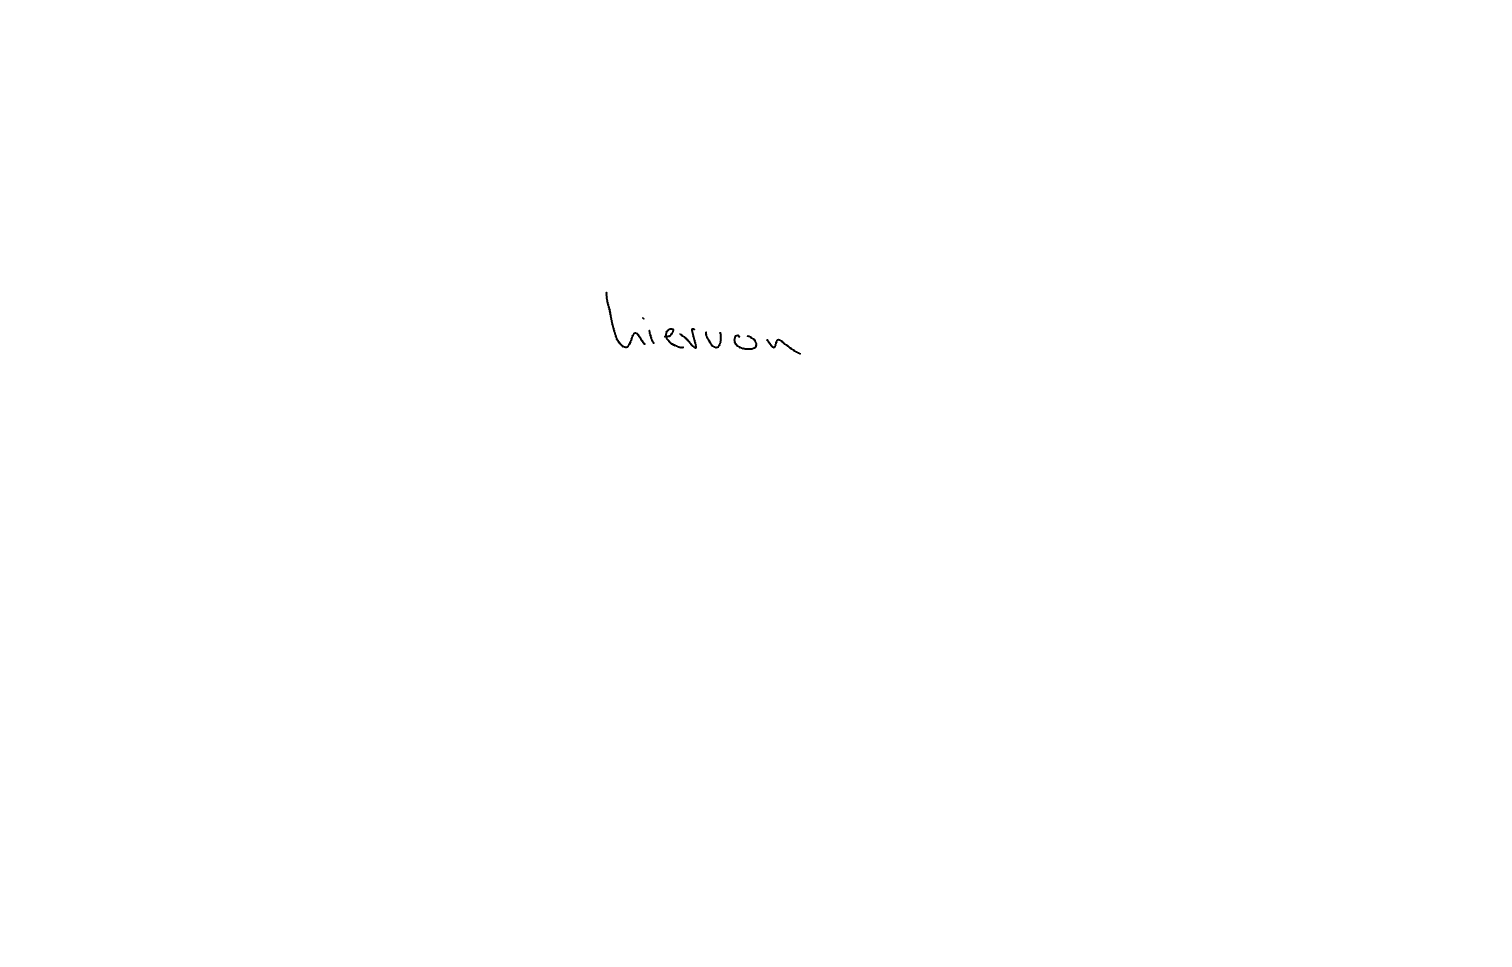
Text: hiervon